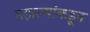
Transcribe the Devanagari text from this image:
महाल्यांकडून